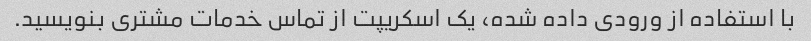
با استفاده از ورودی داده شده، یک اسکریپت از تماس خدمات مشتری بنویسید.